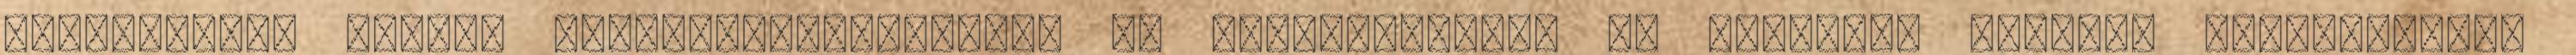
Ellenőrzési Pontok figyelembevételével és betartásával. Az ételeket egyszer használatos,